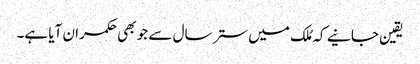
یقین جانیے کہ مُلک میں ستر سال سے جو بھی حکمران آیا ہے۔